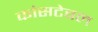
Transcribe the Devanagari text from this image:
कांसटेबल